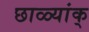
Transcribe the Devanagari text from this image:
छाळ्यांक्